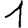
Digit: 1